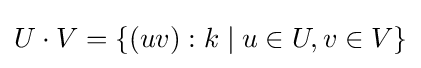
U\cdot V=\{(uv):k\mid u\in U,v\in V\}